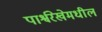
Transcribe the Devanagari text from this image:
पार्श्वरेखेमधील